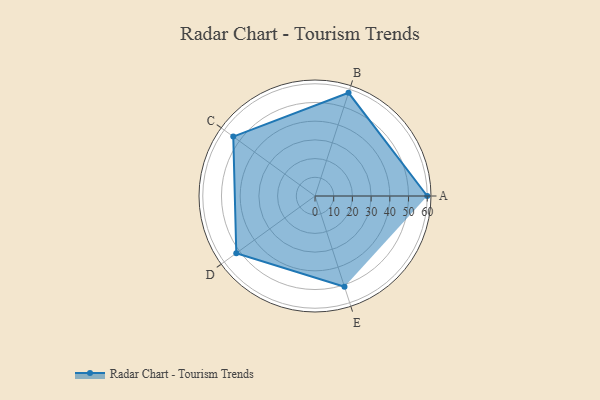
{"axis": {"x": "Skill", "y": "Score"}, "legend": ["Profile"], "data": [{"x": "A", "y": 60.0, "type": "Profile"}, {"x": "B", "y": 58.0, "type": "Profile"}, {"x": "C", "y": 54.0, "type": "Profile"}, {"x": "D", "y": 52.0, "type": "Profile"}, {"x": "E", "y": 51.0, "type": "Profile"}]}